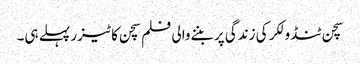
سچن ٹنڈولکر کی زندگی پر بننےوالی فلم سچن کا ٹیزر پہلے ہی۔